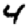
Digit: 4